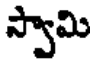
స్వామి